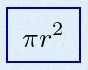
\pi r^2